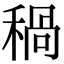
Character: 𥠁